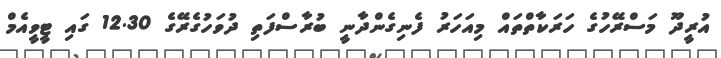
އުރީދޫ މަސްރޭހުގެ ހަރަކާތްތައް މިއަހަރު ފެނިގެންދާނީ ބުރާސްފަތި ދުވަހުގެރޭގެ 12.30 ގައި ޓީވީއެމް